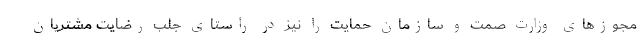
مجوزهای وزارت صمت و سازمان حمایت را نیز در راستای جلب رضایت مشتریان